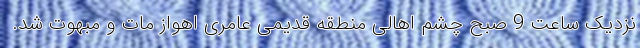
نزدیک ساعت 9 صبح چشم‌ اهالی منطقه قدیمی عامری اهواز مات و مبهوت شد.